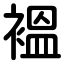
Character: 褞